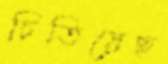
চিতিয়েছ